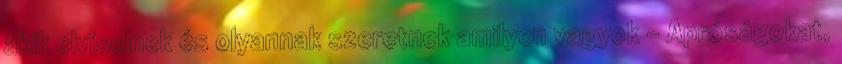
akik elviselnek és olyannak szeretnek amilyen vagyok - Apróságokat,